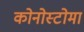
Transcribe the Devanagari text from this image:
कोनोस्टोमा